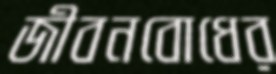
জীবনবোধের